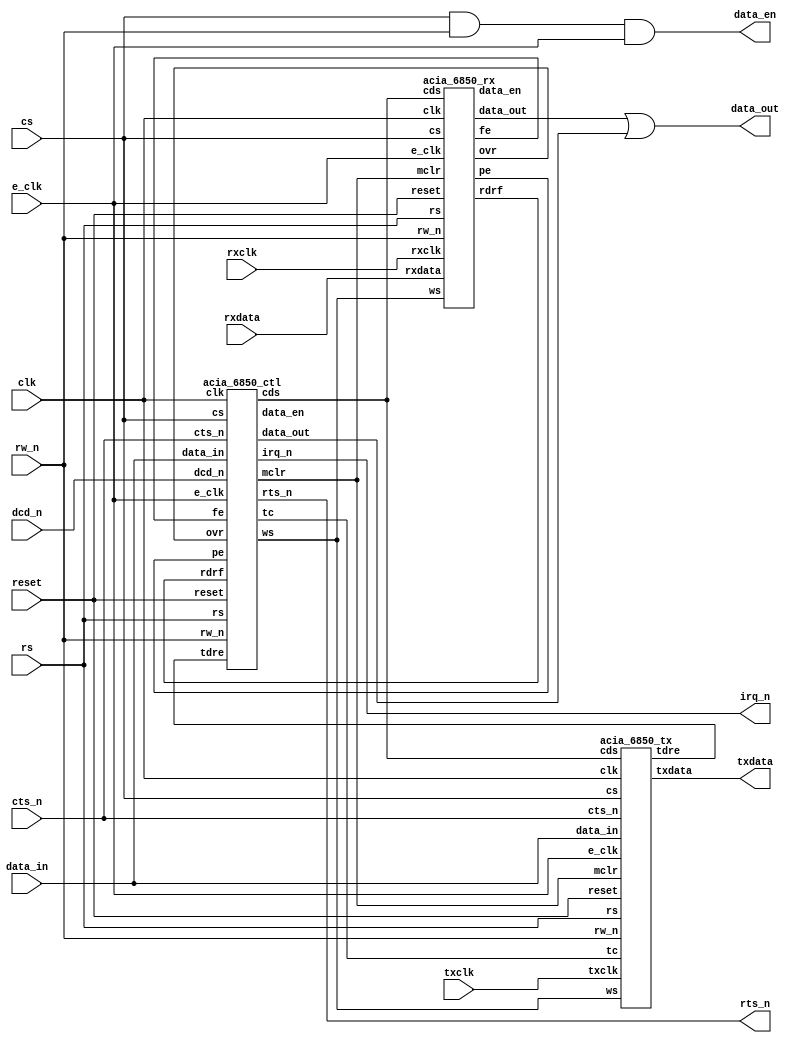
module ACIA
(
  input        clk,
  input        reset,
  input        cs,
  input        e_clk,
  input        rw_n,
  input        rs,
  input  [7:0] data_in,
  output [7:0] data_out,
  output       data_en,
  input        txclk,
  input        rxclk,
  input        rxdata,
  input        cts_n,
  input        dcd_n,
  output       irq_n,
  output       txdata,
  output       rts_n
);

  wire [7:0] w_data_rx;
  wire       w_data_rx_en;
  wire [7:0] w_data_ctrl;
  wire       w_data_ctrl_en;
  wire       w_rdrf;
  wire       w_tdre;
  wire       w_fe;
  wire       w_ovr;
  wire       w_pe;
  wire       w_mclr;
  wire [1:0] w_cds;
  wire [2:0] w_ws;
  wire [1:0] w_tc;
  wire       w_irq_n;

  assign data_en  = cs & rw_n & e_clk;
  assign data_out = w_data_rx | w_data_ctrl;
  assign irq_n    = w_irq_n;

  acia_6850_ctl U_acia_6850_ctl
  (
    .clk(clk),
    .reset(reset),
    .cs(cs),
    .e_clk(e_clk),
    .rw_n(rw_n),
    .rs(rs),
    .data_in(data_in),
    .data_out(w_data_ctrl),
    .data_en(w_data_ctrl_en),
    .rdrf(w_rdrf),
    .tdre(w_tdre),
    .dcd_n(dcd_n),
    .cts_n(cts_n),
    .fe(w_fe),
    .ovr(w_ovr),
    .pe(w_pe),
    .mclr(w_mclr),
    .rts_n(rts_n),
    .cds(w_cds),
    .ws(w_ws),
    .tc(w_tc),
    .irq_n(w_irq_n)
  );

  acia_6850_rx U_acia_6850_rx
  (
    .clk(clk),
    .reset(reset),
    .mclr(w_mclr),
    .cs(cs),
    .e_clk(e_clk),
    .rw_n(rw_n),
    .rs(rs),
    .data_out(w_data_rx),
    .data_en(w_data_rx_en),
    .ws(w_ws),
    .cds(w_cds),
    .rxclk(rxclk),
    .rxdata(rxdata),
    .rdrf(w_rdrf),
    .ovr(w_ovr),
    .pe(w_pe),
    .fe(w_fe)
  );

  acia_6850_tx U_acia_6850_tx
  (
    .clk(clk),
    .reset(reset),
    .mclr(w_mclr),
    .cs(cs),
    .e_clk(e_clk),
    .rw_n(rw_n),
    .rs(rs),
    .data_in(data_in),
    .cts_n(cts_n),
    .tc(w_tc),
    .ws(w_ws),
    .cds(w_cds),
    .tdre(w_tdre),
    .txclk(txclk),
    .txdata(txdata)
  );

endmodule

module acia_6850_ctl
(
  input        clk,
  input        reset,
  input        cs,
  input        e_clk,
  input        rw_n,
  input        rs,
  input  [7:0] data_in,
  output [7:0] data_out,
  output       data_en,
  // Status register stuff:
  input        rdrf,    // Receive data register full.
  input        tdre,    // Transmit data register empty.
  input        dcd_n,   // Data carrier detect.
  input        cts_n,   // Clear to send.
  input        fe,      // Framing error.
  input        ovr,     // Overrun error.
  input        pe,      // Parity error.
  
  // Control register stuff:
  output       mclr,    // Master clear (high active).
  output       rts_n,   // Request to send.
  output [1:0] cds,     // Clock control.
  output [2:0] ws,      // Word select.
  output [1:0] tc,      // Transmit control.
  output reg   irq_n    // Interrupt request.
);

  reg  [7:0] ctrl_reg;
  wire [7:0] status_reg;
  wire       rie;
  reg        irq_i;
  reg        cts_i_n;
  reg        dcd_i_n;
  reg        dcd_flag_n;
  reg        ovr_lock;
  reg        dcd_lock;
  reg        dcd_trans;
  reg        read_lock;
  reg        dcd_release;


  always @(posedge clk) begin
    cts_i_n <= cts_n; // Sample CTSn on the negative clock edge.
    dcd_i_n <= dcd_n; // Sample DCDn on the negative clock edge.
  end

  assign status_reg[7] = irq_i;
  assign status_reg[6] = pe;
  assign status_reg[5] = ovr;
  assign status_reg[4] = fe;
  assign status_reg[3] = cts_i_n;         // Reflexion of the input pin.
  assign status_reg[2] = dcd_flag_n;
  assign status_reg[1] = tdre & ~cts_i_n; // No TDRE for CTS_n = '1'.
  assign status_reg[0] = rdrf & ~dcd_i_n; // DCD_n = '1' indicates empty.
  
  assign data_out = (cs & rw_n & ~rs) ? status_reg : 8'h00;
  assign data_en  = (cs & rw_n & ~rs) ? e_clk : 1'b0;
  
  assign mclr     = (ctrl_reg[1:0] == 2'b11) ? 1'b1 : 1'b0;
  assign rts_n    = ((ctrl_reg[6:5] != 2'b10) && (tdre)) ? 1'b0 : 1'b1;
  assign cds      = ctrl_reg[1:0];
  assign ws       = ctrl_reg[4:2];
  assign tc       = ctrl_reg[6:5];
  assign rie      = ctrl_reg[7];

  always @(posedge reset or posedge clk) begin
    if (reset) begin
      ovr_lock = 1'b0;
      irq_n   <= 1'b1;
      irq_i   <= 1'b0;
    end else begin
      // Transmitter interrupt:
      if ((tdre) && (ctrl_reg[6:5] == 2'b01) && (!cts_i_n)) begin
        irq_n <= 1'b0;
        irq_i <= 1'b1;
      end
      else if (cs & ~rw_n & rs & e_clk) begin
        irq_n <= 1'b1; // Clear by writing to the transmit data register.
      end
      // Receiver interrupts:
      if ((rdrf) && (rie) && (!dcd_i_n)) begin
        irq_n <= 1'b0;
        irq_i <= 1'b1;
      end
      else if (cs & rw_n & rs & e_clk) begin
        irq_n <= 1'b1; // Clear by reading the receive data register.
      end
      if ((ovr) && (rie)) begin
        irq_n <= 1'b0;
        irq_i <= 1'b1;
        ovr_lock = 1'b1;
      end
      else if (cs & rw_n & ~rs & e_clk) begin
        ovr_lock = 1'b0; // Enable reset by reading the status.
      end
      else if (cs & rw_n & rs & e_clk & ~ovr_lock) begin
        irq_n <= 1'b1; // Clear by reading the receive data register after the status.
      end
      if ((dcd_i_n) && (rie) && (!dcd_trans)) begin
        irq_n <= 1'b0;
        irq_i <= 1'b1;
        // DCD_TRANS is used to detect a low to high transition of DCDn.
        dcd_trans = 1'b1;
      end
      else if (cs & rw_n & rs & e_clk & ~ovr_lock) begin
        irq_n <= 1'b1;
        // Clear by reading the receive data register after the status.
      end
      else if (!dcd_i_n) begin
        dcd_trans = 1'b0;
      end
      // The reset of the IRQ status flag:
      if (cs & ~rw_n & rs & e_clk) begin
        irq_i <= 1'b0; // Clear by writing to the transmit data register.
      end
      else if (cs & rw_n & rs & e_clk & ~ovr_lock) begin
        irq_i <= 1'b0; // Clear by reading the receive data register after the status.
      end
    end
  end

  always @(posedge reset or posedge clk) begin
    if (reset) begin
      ctrl_reg <= 8'b01000000;
    end else begin
      if (cs & ~rw_n & ~rs & e_clk) begin
        ctrl_reg <= data_in;
      end
    end
  end

  // This process is some kind of tricky. Refer to the MC6850 data
  // sheet for more information.
  always @(posedge reset or posedge clk) begin : P1
    if (reset) begin
      dcd_flag_n <= 1'b0;
      // This interrupt source must initialise low.
      read_lock   = 1'b1;
      dcd_release = 1'b0;
    end else begin
      if (mclr) begin
        dcd_flag_n <= dcd_i_n;
        read_lock   = 1'b1;
      end
      else if (dcd_i_n) begin
        dcd_flag_n <= 1'b1;
      end
      else if (cs & rw_n & ~rs & e_clk) begin
        read_lock = 1'b0;
        // Un-READ_LOCK if receiver data register is read.
      end
      else if (cs & rw_n & rs & e_clk & ~read_lock) begin
        // Clear if receiver status register read access.
        // After data register has ben read and READ_LOCK again.
        dcd_release = 1'b1;
        read_lock   = 1'b1;
        dcd_flag_n <= dcd_i_n;
      end
      else if ((!dcd_i_n) && (dcd_release)) begin
        dcd_flag_n <= 1'b0;
        dcd_release = 1'b0;
      end
    end
  end

endmodule

module acia_6850_rx
(
  input        clk,
  input        reset,
  input        mclr,
  input        cs,
  input        e_clk,
  input        rw_n,
  input        rs,
  output [7:0] data_out,
  output       data_en,
  input  [2:0] ws,
  input  [1:0] cds,
  input        rxclk,
  input        rxdata,
  output reg   rdrf,
  output reg   ovr,
  output reg   pe,
  output reg   fe
);

localparam [2:0]
  RX_IDLE       = 3'd0,
  RX_WAIT_START = 3'd1,
  RX_SAMPLE     = 3'd2,
  RX_PARITY     = 3'd3,
  RX_STOP1      = 3'd4,
  RX_STOP2      = 3'd5,
  RX_SYNC       = 3'd6;

  reg [2:0] rcv_state;
  reg [2:0] rcv_next_state;
  reg       rxdata_i;
  reg       rxdata_s;
  reg [7:0] data_reg;
  reg [7:0] shift_reg;
  reg       clk_strb;
  reg [2:0] bitcnt;
  reg       clk_lock;
  reg       strb_lock;
  reg [6:0] clk_divcnt;
  reg       fe_i;
  reg       ovr_i;
  reg       first_read;
  reg       par_tmp;
  reg       pe_i;
  reg [1:0] flt_tmp;

  // This filter provides a synchronisation to the system
  // clock, even for random baud rates of the received data
  // stream.
  always @(posedge clk) begin
    //
    rxdata_i <= rxdata;
    //
    if ((rxdata_i) && (flt_tmp < 2'd2)) begin
      flt_tmp <= flt_tmp + 2'd1;
    end
    else if (rxdata_i) begin
      rxdata_s <= 1'b1;
    end
    else if ((!rxdata_i) && (flt_tmp > 2'd0)) begin
      flt_tmp <= flt_tmp - 2'd1;
    end
    else if (!rxdata_i) begin
      rxdata_s <= 1'b0;
    end
  end

  always @(posedge clk) begin
    if (cds == 2'b00) begin
      // Divider off.
      if ((rxclk) && (!strb_lock)) begin
        clk_strb <= 1'b1;
        strb_lock = 1'b1;
      end
      else if (!rxclk) begin
        clk_strb <= 1'b0;
        strb_lock = 1'b0;
      end
      else begin
        clk_strb <= 1'b0;
      end
    end
    else if (rcv_state == RX_IDLE) begin
      // Preset the CLKDIV with the start delays.
      if (cds == 2'b01) begin
        clk_divcnt = 7'd8; // Half of div by 16 mode.
      end
      else if (cds == 2'b10) begin
        clk_divcnt = 7'd32; // Half of div by 64 mode.
      end
      clk_strb <= 1'b0;
    end
    else begin
      if ((clk_divcnt > 7'd0) && (rxclk) && (!clk_lock)) begin
        clk_divcnt = clk_divcnt - 7'd1;
        clk_strb  <= 1'b0;
        clk_lock   = 1'b1;
      end
      else if ((cds == 2'b01) && (clk_divcnt == 7'd0)) begin
        clk_divcnt = 7'd16; // div by 16 mode.
        //
        if (!strb_lock) begin
          strb_lock = 1'b1;
          clk_strb <= 1'b1;
        end
        else begin
          clk_strb <= 1'b0;
        end
      end
      else if ((cds == 2'b10) && (clk_divcnt == 7'd0)) begin
        clk_divcnt = 7'd64;
        // Div by 64 mode.
        if (!strb_lock) begin
          strb_lock = 1'b1;
          clk_strb <= 1'b1;
        end
        else begin
          clk_strb <= 1'b0;
        end
      end
      else if (!rxclk) begin
        clk_lock  = 1'b0;
        strb_lock = 1'b0;
        clk_strb <= 1'b0;
      end
      else begin
        clk_strb <= 1'b0;
      end
    end
  end

  always @(posedge reset or posedge clk) begin
    if (reset) begin
      data_reg <= 8'h00;
    end else begin
      if (mclr) begin
        data_reg <= 8'h00;
      end
      else if ((rcv_state == RX_SYNC) && (!ws[2]) && (!rdrf)) begin
        // 7 bit data.
        // Transfer from shift- to data register only if
        // data register is empty (RDRF = '0').
        data_reg <= {1'b0, shift_reg[7:1]};
      end
      else if ((rcv_state == RX_SYNC) && (ws[2]) && (!rdrf)) begin
        // 8 bit data.
        // Transfer from shift- to data register only if
        // data register is empty (RDRF = '0').
        data_reg <= shift_reg;
      end
    end
  end

  assign data_out = (cs & rw_n & rs) ? data_reg : 8'h00;
  assign data_en  = (cs & rw_n & rs) ? e_clk : 1'b0;
  
  always @(posedge reset or posedge clk) begin
    if (reset) begin
      shift_reg <= 8'h00;
    end else begin
      if (mclr) begin
        shift_reg <= 8'h00;
      end
      else if ((rcv_state == RX_SAMPLE) && (clk_strb)) begin
        shift_reg <= {rxdata_s, shift_reg[7:1]}; // Shift right.
      end
    end
  end

  always @(posedge clk) begin
    if ((rcv_state == RX_SAMPLE) && (clk_strb)) begin
      bitcnt <= bitcnt + 3'd1;
    end
    else if (rcv_state != RX_SAMPLE) begin
      bitcnt <= 3'd0;
    end
  end

  // This module detects a framing error
  // during stop bit 1 and stop bit 2.
  always @(posedge reset or posedge clk) begin
    if (reset) begin
      fe_i = 1'b0;
      fe  <= 1'b0;
    end else begin
      if (mclr) begin
        fe_i = 1'b0;
        fe  <= 1'b0;
      end
      else if (clk_strb) begin
        if ((rcv_state == RX_STOP1) && (!rxdata_s)) begin
          fe_i = 1'b1;
        end
        else if ((rcv_state == RX_STOP2) && (!rxdata_s)) begin
          fe_i = 1'b1;
        end
        else if ((rcv_state == RX_STOP1) || (rcv_state == RX_STOP2)) begin
          fe_i = 1'b0; // Error resets when correct data appears.
        end
      end
      if (rcv_state == RX_SYNC) begin
        fe <= fe_i; // Update the FE every SYNC time.
      end
    end
  end

  always @(posedge reset or posedge clk) begin
    if (reset) begin
      ovr_i      <= 1'b0;
      ovr        <= 1'b0;
      first_read <= 1'b0;
    end else begin
      if (mclr) begin
        ovr_i      <= 1'b0;
        ovr        <= 1'b0;
        first_read <= 1'b0;
      end
      else if ((clk_strb) && (rcv_state == RX_STOP1)) begin
        // Overrun appears if RDRF is '1' in this state.
        ovr_i <= rdrf;
      end
      if (cs & rw_n & rs & e_clk & ovr_i) begin
        // If an overrun was detected, the concerning flag is
        // set when the valid data word in the receiver data
        // register is read. Thereafter the RDRF flag is reset
        // and the overrun disappears (OVR_I goes low) after
        // a second read (in time) of the receiver data register.
        if (!first_read) begin
          ovr        <= 1'b1;
          first_read <= 1'b1;
        end
        else begin
          ovr        <= 1'b0;
          first_read <= 1'b0;
        end
      end
    end
  end

  always @(posedge reset or posedge clk) begin
    if (reset) begin
      pe   <= 1'b0;
      pe_i <= 1'b0;
    end else begin
      if (mclr) begin
        pe   <= 1'b0;
        pe_i <= 1'b0;
      end
      // Sample parity on clock strobe.
      else if (clk_strb) begin
        if (rcv_state == RX_PARITY) begin
          par_tmp = (^ shift_reg);
          if ((ws == 3'b000) || (ws == 3'b010) || (ws == 3'b110)) begin
            // Even parity.
            pe_i <= par_tmp ^ rxdata_s;
          end
          else if ((ws == 3'b001) || (ws == 3'b011) || (ws == 3'b111)) begin
            // Odd parity.
            pe_i <= ~par_tmp ^ rxdata_s;
          end
          else begin
            // No parity for WS = "100" and WS = "101".
            pe_i <= 1'b0;
          end
        end
      end
      // Transmit the parity flag together with the data
      // In other words: no parity to the status register
      // when RDRF inhibits the data transfer to the
      // receiver data register.
      if ((rcv_state == RX_SYNC) && (!rdrf)) begin
        pe <= pe_i;
      end
      else if (cs & rw_n & rs & e_clk) begin
        pe <= 1'b0; // Clear when reading the data register.
      end
    end
  end

  // Receive data register full flag.
  always @(posedge reset or posedge clk) begin : P1
    if (reset) begin
      rdrf <= 1'b0;
    end else begin
      if (mclr) begin
        rdrf <= 1'b0;
      end
      else if (rcv_state == RX_SYNC) begin
        rdrf <= 1'b1; // Data register is full until now!
      end
      else if (cs & rw_n & rs & e_clk) begin
        rdrf <= 1'b0; // After reading the data register ...
      end
    end
  end

  always @(posedge reset or posedge clk) begin
    if (reset) begin
      rcv_state <= RX_IDLE;
    end else begin
      if (mclr) begin
        rcv_state <= RX_IDLE;
      end
      else begin
        rcv_state <= rcv_next_state;
      end
    end
  end

  always @(*) begin
    case(rcv_state)
      RX_IDLE : begin
        if(rxdata_s == 1'b 0 && cds == 2'b 00) begin
          rcv_next_state = RX_SAMPLE;
          // Startbit detected in div by 1 mode.
        end
        else if(rxdata_s == 1'b 0 && cds == 2'b 01) begin
          rcv_next_state = RX_WAIT_START;
          // Startbit detected in div by 16 mode.
        end
        else if(rxdata_s == 1'b 0 && cds == 2'b 10) begin
          rcv_next_state = RX_WAIT_START;
          // Startbit detected in div by 64 mode.
        end
        else begin
          rcv_next_state = RX_IDLE;
          // No startbit; sleep well :-)
        end
      end
      RX_WAIT_START : begin
        if (clk_strb) begin
          if(rxdata_s == 1'b 0) begin
            rcv_next_state = RX_SAMPLE;
            // Start condition in no div by 1 modes.
          end
          else begin
            rcv_next_state = RX_IDLE;
            // No valid start condition, go back.
          end
        end
        else begin
          rcv_next_state = RX_WAIT_START;
          // Stay.
        end
      end
      RX_SAMPLE : begin
        if (clk_strb) begin
          if(bitcnt < 3'b 110 && ws[2] == 1'b 0) begin
            rcv_next_state = RX_SAMPLE;
            // Go on sampling 7 data bits.
          end
          else if(bitcnt < 3'b 111 && ws[2] == 1'b 1) begin
            rcv_next_state = RX_SAMPLE;
            // Go on sampling 8 data bits.
          end
          else if(ws == 3'b 100 || ws == 3'b 101) begin
            rcv_next_state = RX_STOP1;
            // No parity check enabled.
          end
          else begin
            rcv_next_state = RX_PARITY;
            // Parity enabled.
          end
        end
        else begin
          rcv_next_state = RX_SAMPLE;
          // Stay in sample mode.
        end
      end
      RX_PARITY : begin
        if (clk_strb) begin
          rcv_next_state = RX_STOP1;
        end
        else begin
          rcv_next_state = RX_PARITY;
        end
      end
      RX_STOP1 : begin
        if (clk_strb) begin
          if(rxdata_s == 1'b 0) begin
            rcv_next_state = RX_SYNC;
            // Framing error detected.
          end
          else if(ws == 3'b 000 || ws == 3'b 001 || ws == 3'b 100) begin
            rcv_next_state = RX_STOP2;
            // Two stop bits selected.
          end
          else begin
            rcv_next_state = RX_SYNC;
            // One stop bit selected.
          end
        end
        else begin
          rcv_next_state = RX_STOP1;
        end
      end
      RX_STOP2 : begin
        if (clk_strb) begin
          rcv_next_state = RX_SYNC;
        end
        else begin
          rcv_next_state = RX_STOP2;
        end
      end
      RX_SYNC : begin
        rcv_next_state = RX_IDLE;
      end
      default : begin
        rcv_next_state = RX_IDLE;
      end
    endcase
  end

endmodule

module acia_6850_tx
(
  input        clk,
  input        reset,
  input        mclr,
  input        cs,
  input        e_clk,
  input        rw_n,
  input        rs,
  input  [7:0] data_in,
  input        cts_n,
  input  [1:0] tc,
  input  [2:0] ws,
  input  [1:0] cds,
  input        txclk,
  output reg   tdre,
  output       txdata
);

localparam [2:0]
  TX_IDLE       = 3'd0,
  TX_LOAD_SHIFT = 3'd1,
  TX_START      = 3'd2,
  TX_SHIFTOUT   = 3'd3,
  TX_PARITY     = 3'd4,
  TX_STOP1      = 3'd5,
  TX_STOP2      = 3'd6;

reg [2:0] tr_state;
reg [2:0] tr_next_state;
reg       clk_strb;
reg [7:0] data_reg;
reg [7:0] shift_reg;
reg [2:0] bitcnt;
reg       par_tmp;
reg       parity_i;
reg       tx_lock;
reg       clk_lock;
reg       strb_lock;
reg [6:0] clk_divcnt;

  // The default condition in this statement is to ensure
  // to cover all possibilities for example if there is a
  // one hot decoding of the state machine with wrong states
  // (e.g. not one of the given here).
  assign txdata = (tr_state == TX_IDLE       ) ? 1'b1
                : (tr_state == TX_LOAD_SHIFT ) ? 1'b1
                : (tr_state == TX_START      ) ? 1'b0
                : (tr_state == TX_SHIFTOUT   ) ? shift_reg[0]
                : (tr_state == TX_PARITY     ) ? parity_i
                : (tr_state == TX_STOP1      ) ? 1'b1
                : (tr_state == TX_STOP2      ) ? 1'b1 : 1'b1;
                
  always @(posedge clk) begin
    if (cds == 2'b00) begin
      // divider off
      if ((!txclk) && (!strb_lock)) begin
        // Works on negative TXCLK edge.
        clk_strb  <= 1'b1;
        strb_lock <= 1'b1;
      end
      else if (txclk) begin
        clk_strb  <= 1'b0;
        strb_lock <= 1'b0;
      end
      else begin
        clk_strb <= 1'b0;
      end
      clk_lock  <= 1'b0;
    end
    else if (tr_state == TX_IDLE) begin
      // preset the CLKDIV with the start delays
      if (cds == 2'b01) begin
        clk_divcnt <= 7'd16; // div by 16 mode
      end
      else if (cds == 2'b10) begin
        clk_divcnt <= 7'd64; // div by 64 mode
      end
      clk_strb <= 1'b0;
    end
    else begin
      // Works on negative TXCLK edge:
      if ((clk_divcnt > 7'd0) && (!txclk) && (!clk_lock)) begin
        clk_divcnt <= clk_divcnt - 7'd1;
        clk_strb   <= 1'b0;
        clk_lock   <= 1'b1;
      end
      else if ((cds == 2'b01) && (clk_divcnt == 7'd0)) begin
        clk_divcnt <= 7'd16; // div by 16 mode.
        if (!strb_lock) begin
          strb_lock <= 1'b1;
          clk_strb  <= 1'b1;
        end
        else begin
          clk_strb  <= 1'b0;
        end
      end
      else if ((cds == 2'b10) && (clk_divcnt == 7'd0)) begin
        clk_divcnt <= 7'd64; // div by 64 mode.
        if (!strb_lock) begin
          strb_lock <= 1'b1;
          clk_strb  <= 1'b1;
        end
        else begin
          clk_strb  <= 1'b0;
        end
      end
      else if (txclk) begin
        clk_lock  <= 1'b0;
        strb_lock <= 1'b0;
        clk_strb  <= 1'b0;
      end
      else begin
        clk_strb  <= 1'b0;
      end
    end
  end

    always @(posedge reset or posedge clk) begin
    
        if (reset) begin
            data_reg <= 8'h00;
        end
        else if (e_clk) begin
            if (mclr) begin
                data_reg <= 8'h00;
            end
            else if (cs & ~rw_n & rs) begin
                data_reg[7]   <= data_in[7] & ws[2]; // 7/8 bit data mode
                data_reg[6:0] <= data_in[6:0];
                //$display("ACIA TX : %x %c", data_in, data_in);
            end
        end
    end

  always @(posedge reset or posedge clk) begin
    if (reset) begin
      shift_reg <= 8'h00;
    end else begin
      if (mclr) begin
        shift_reg <= 8'h00;
      end
      else if ((tr_state == TX_LOAD_SHIFT) && (!tdre)) begin
        // If during LOAD_SHIFT the transmitter data register
        // is empty (TDRE = '1') the shift register will not
        // be loaded. When additionally TC = "11", the break
        // character (zero data and no stop bits) is sent.
        shift_reg <= data_reg;
      end
      else if ((tr_state == TX_SHIFTOUT) && (clk_strb)) begin
        shift_reg <= {1'b0, shift_reg[7:1]}; // Shift right.
      end
    end
  end

  // Counter for the data bits transmitted.
  always @(posedge clk) begin
    if ((tr_state == TX_SHIFTOUT) && (clk_strb)) begin
      bitcnt <= bitcnt + 3'd1;
    end
    else if (tr_state != TX_SHIFTOUT) begin
      bitcnt <= 3'd0;
    end
  end

  // Transmit data register empty flag.
  always @(posedge reset or posedge clk) begin
    if (reset) begin
      tdre    <= 1'b1;
      tx_lock <= 1'b0;
    end else begin
      if (mclr) begin
        tdre <= 1'b1;
      end
      else if ((tr_next_state == TX_START) && (tr_state != TX_START)) begin
        // Data has been loaded to shift register, thus data register is free again.
        // Thanks to Lyndon Amsdon for finding a bug here. The TDRE is set to one once
        // entering the state now.
        tdre <= 1'b1;
      end
      else if (cs & ~rw_n & rs & e_clk & ~tx_lock) begin
        tx_lock <= 1'b1;
      end
      else if ((!e_clk) && (tx_lock)) begin
        // This construction clears TDRE after the falling edge of E
        // and after the transmit data register has been written to.
        tdre    <= 1'b0;
        tx_lock <= 1'b0;
      end
    end
  end

  always @(posedge clk) begin
    if (tr_state == TX_START) begin
      // Calculate the parity during the start phase.
      par_tmp = (^ shift_reg);
      if ((ws == 3'b000) || (ws == 3'b010) || (ws == 3'b110)) begin
        // Even parity.
        parity_i <= par_tmp;
      end
      else if ((ws == 3'b001) || (ws == 3'b011) || (ws == 3'b111)) begin
        // Odd parity.
        parity_i <= ~par_tmp;
      end
      else begin
        // No parity for WS = "100" and WS = "101".
        parity_i <= 1'b0;
      end
    end
  end

  always @(posedge reset or posedge clk) begin
    if (reset) begin
      tr_state <= TX_IDLE;
    end else begin
      if (mclr) begin
        tr_state <= TX_IDLE;
      end
      else begin
        tr_state <= tr_next_state;
      end
    end
  end

  always @(*) begin
    case(tr_state)
      TX_IDLE : begin
        if ((tdre) && (tc == 2'b11)) begin
          tr_next_state = TX_LOAD_SHIFT;
        end
        else if ((!tdre) && (!cts_n)) begin
          // Start if data register is not empty.
          tr_next_state = TX_LOAD_SHIFT;
        end
        else begin
          tr_next_state = TX_IDLE;
        end
      end
      TX_LOAD_SHIFT : begin
        tr_next_state = TX_START;
      end
      TX_START : begin
        if (clk_strb) begin
          tr_next_state = TX_SHIFTOUT;
        end
        else begin
          tr_next_state = TX_START;
        end
      end
      TX_SHIFTOUT : begin
        if (clk_strb) begin
          if ((bitcnt < 3'd6) && (!ws[2])) begin
            tr_next_state = TX_SHIFTOUT;
            // Transmit 7 data bits.
          end
          else if ((bitcnt < 3'd7) && (ws[2])) begin
            tr_next_state = TX_SHIFTOUT;
            // Transmit 8 data bits.
          end
          else if (ws[2:1] == 2'b10) begin
            if ((tdre) && (tc == 2'b11)) begin
              // Break condition, do not send a stop bit.
              tr_next_state = TX_IDLE;
            end
            else begin
              tr_next_state = TX_STOP1; // No parity check enabled.
            end
          end
          else begin
            tr_next_state = TX_PARITY; // Parity enabled.
          end
        end
        else begin
          tr_next_state = TX_SHIFTOUT;
        end
      end
      TX_PARITY : begin
        if (clk_strb) begin
          if ((tdre) && (tc == 2'b11)) begin
            // Break condition, do not send a stop bit.
            tr_next_state = TX_IDLE;
          end
          else begin
            tr_next_state = TX_STOP1; // No parity check enabled.
          end
        end
        else begin
          tr_next_state = TX_PARITY;
        end
      end
      TX_STOP1 : begin
        if ((clk_strb) && ((ws[2:1] == 2'b00) || (ws[1:0] == 2'b00))) begin
          tr_next_state = TX_STOP2; // Two stop bits selected.
        end
        else if (clk_strb) begin
          tr_next_state = TX_IDLE; // One stop bits selected.
        end
        else begin
          tr_next_state = TX_STOP1;
        end
      end
      TX_STOP2 : begin
        if (clk_strb) begin
          tr_next_state = TX_IDLE;
        end
        else begin
          tr_next_state = TX_STOP2;
        end
      end
      3'h7 : begin
        if (clk_strb) begin
          tr_next_state = TX_IDLE;
        end
        else begin
          tr_next_state = 3'h7;
        end
      end
    endcase
  end

endmodule